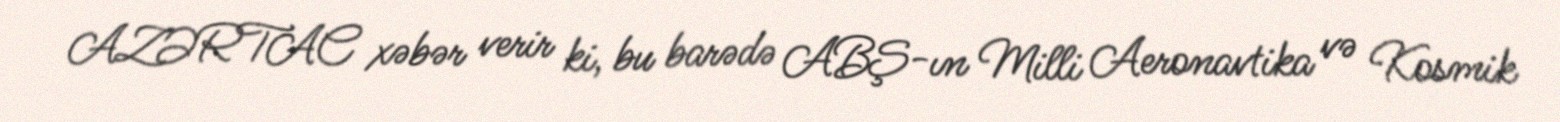
AZƏRTAC xəbər verir ki, bu barədə ABŞ-ın Milli Aeronavtika və Kosmik